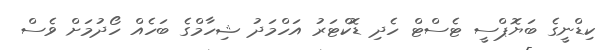
ކިޑްނީގެ ބަޔޮޕްސީ ޓެސްޓް ހެދި ޑޮކްޓަރު އަހްމަދު ޝިހާމްގެ ބަހެއް ހޯދުމަށް ވެސް